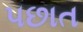
૫છાત